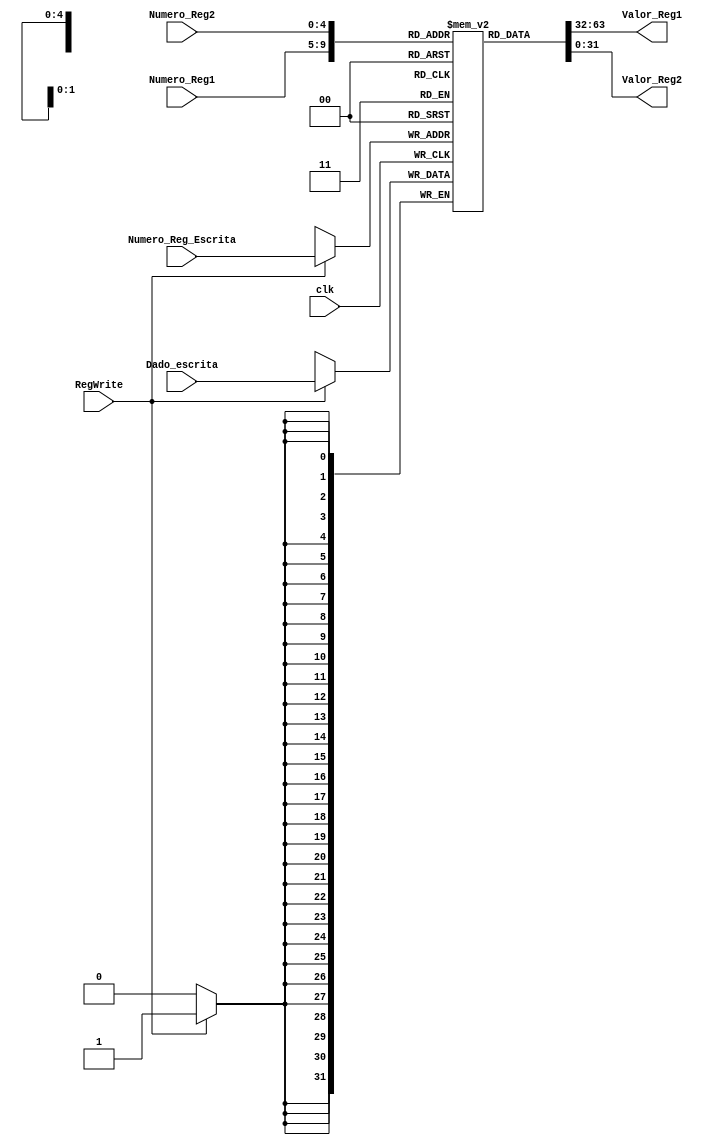
module banco_registrador(RegWrite ,Numero_Reg1, Numero_Reg2, Numero_Reg_Escrita, Dado_escrita, clk, Valor_Reg1, Valor_Reg2); //Unidade do bando de registradores do MIPS
	input clk, RegWrite;
	input [4:0] Numero_Reg1, Numero_Reg2, Numero_Reg_Escrita; //numerao dos registradores de leitura recebidos como entrada e do registardor para escrita
	input [31:0] Dado_escrita;
	output reg [31:0]Valor_Reg1; //Valor do da sada correspondente ao registrador da numerao recebida
	output reg [31:0]Valor_Reg2; //Valor da sada correspondente ao registrador da numerao recebida

	reg [31:0] registradores [0:31]; //Banco de registradores do MIPS contendo 32 registradores de 32 bits
	initial begin //Inicializao dos registradores
		registradores[0] = 5;
		registradores[1] = 5;
		registradores[2] = 15;
		registradores[3] = 20;
		registradores[4] = 25;
		registradores[5] = 10;
		registradores[6] = 2;
		registradores[7] = 12;
		registradores[8] = 16;
		registradores[9] = 30;
		registradores[10] = 24;
		registradores[11] = 22;
		registradores[12] = 32;
		registradores[13] = 35;
		registradores[14] = 40;
		registradores[15] = 3;
		registradores[16] = 0;
		registradores[17] = 5;
		registradores[18] = 6;
		registradores[19] = 46;
		registradores[20] = 44;
		registradores[21] = 45;
		registradores[22] = 50;
		registradores[23] = 52;
		registradores[24] = 54;
		registradores[25] = 56;
		registradores[26] = 58;
		registradores[27] = 60;
		registradores[28] = 62;
		registradores[29] = 64;
		registradores[30] = 66;
		registradores[31] = 68;
	end

	always @ (posedge clk)begin //Sensvel  sunida de clock
		if(RegWrite == 1)begin //Se for uma instruo de escrita na memria, o sinal de controle indica que o valor contido nos dados de escrita ser escrito no registrador equivalente
			registradores[Numero_Reg_Escrita] = Dado_escrita;
		end
	end

	always@(Numero_Reg1 or Numero_Reg2 or registradores[Numero_Reg1] or registradores[Numero_Reg2])begin //Sensvel s entradas, ou seja, sempre que houver variao do nmero dos registradores informados ou alterao dos valores dos memsos
		Valor_Reg1 = registradores[Numero_Reg1]; //Liga o valor dos registradores correspondentes  numerao recebida do cdigo da isntruo s sadas
		Valor_Reg2 = registradores[Numero_Reg2];
	end

endmodule